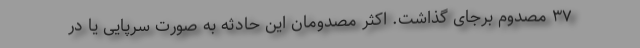
۳۷ مصدوم برجای گذاشت. اکثر مصدومان این حادثه به صورت سرپایی یا در